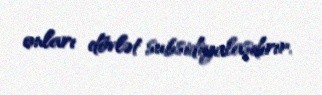
onları dövlət subsidiyalaşdırır.